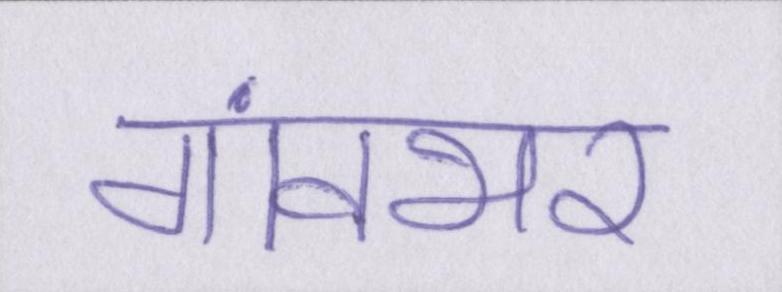
गांवभर